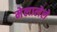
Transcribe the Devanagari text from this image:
मेलालेले